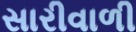
સારીવાળી